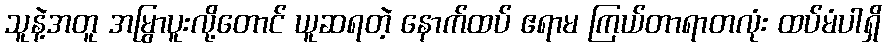
သူနဲ့အတူ အမြွာပူးလို့တောင် ယူဆရတဲ့ နောက်ထပ် ဧရာမ ကြယ်တာရာတလုံး ထပ်မံပါရှိ